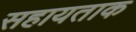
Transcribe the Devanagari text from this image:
सहायताक